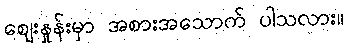
ဈေးနှုန်းမှာ အစားအသောက် ပါသလား။